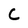
Character: C